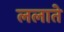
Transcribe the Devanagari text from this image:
ललाते